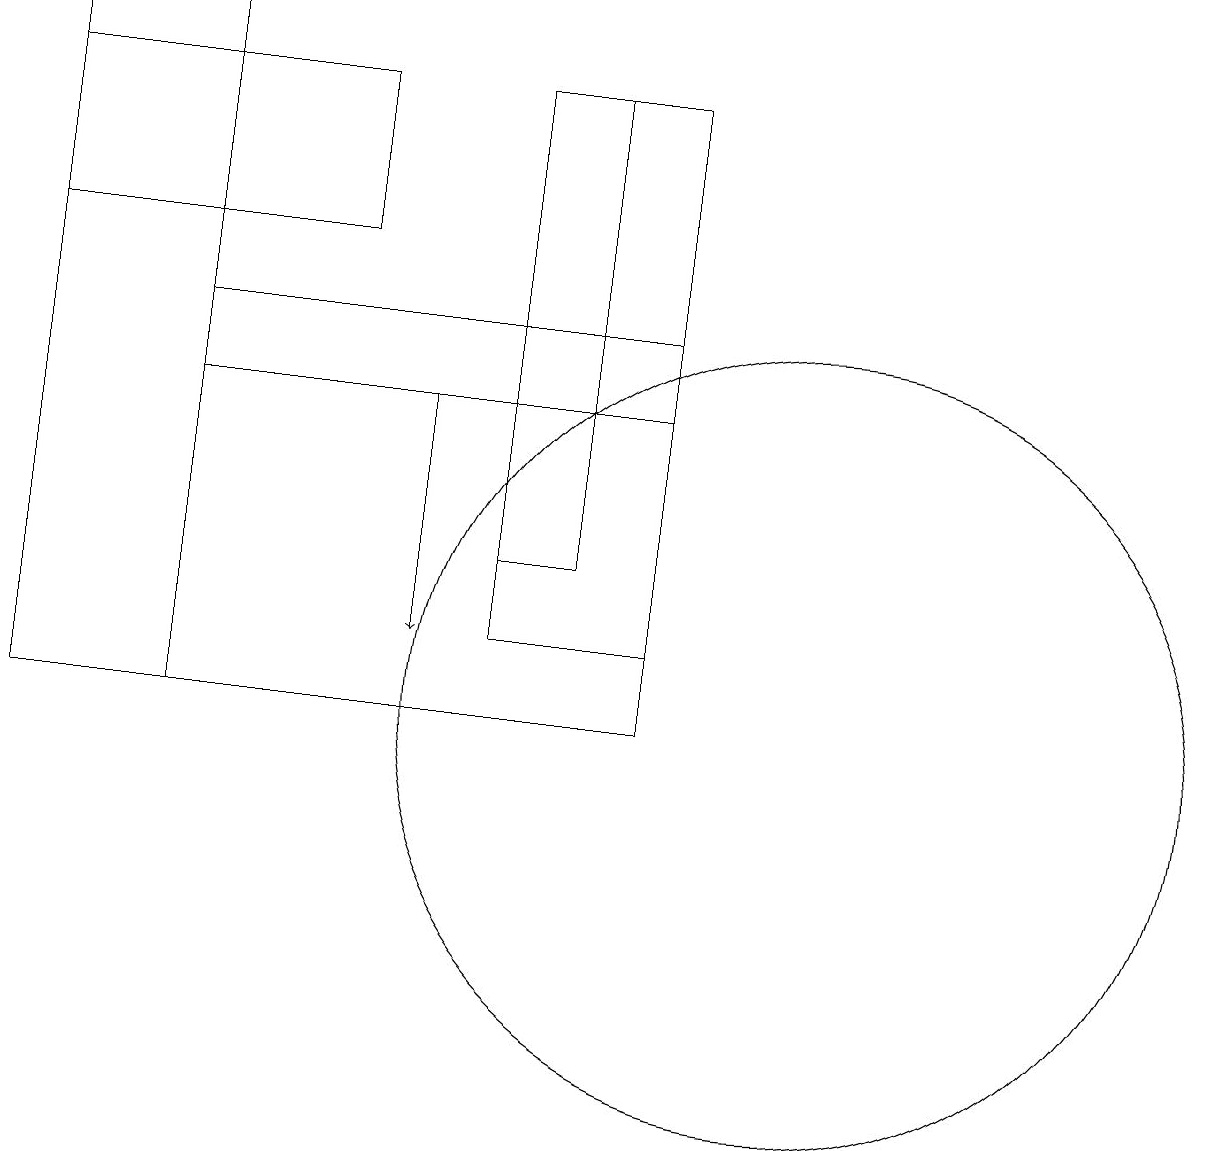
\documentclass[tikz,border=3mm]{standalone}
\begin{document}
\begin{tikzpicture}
\draw (10,10) circle (5);
\draw (6,18) rectangle (8,11);
\draw[->] (5,14) -- (5,11);
\draw (8,10) rectangle (2,15);
\draw (2,19) rectangle (0,10);
\draw (4,18) rectangle (0,16);
\draw (7,18) rectangle (6,12);
\draw (8,14) rectangle (2,14);
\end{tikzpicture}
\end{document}